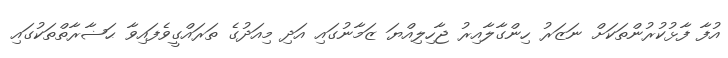
އުފާ ފާޅުކުރުންތަކަށް ނަޒަރު ހިންގާލާއިރު ޖާހިލިއްޔަ ޒަމާނުގައި އަދި މިއަދުގެ ތަރައްގީވެފައިވާ ޙަޟާރާތްތަކުގައި